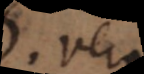
1. Vera